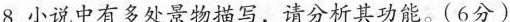
8.小说中有多处景物描写，请分析其功能。(6分)